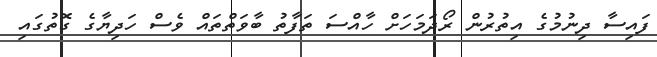
ފައިސާ ދިނުމުގެ އިތުރުން ރޯދަމަހަށް ހާއްސަ ތަފާތު ބާވަތްތައް ވެސް ހަދިޔާގެ ގޮތުގައި